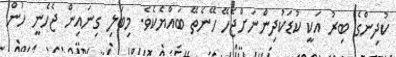
ކުދިންގެ ބިރު އަކީ ކުޑަކުދިންނަށްޖެހޭ ހޭނެތޭ ބައްޔެކެވެ. މިބަލި ގިނައިން ޖެހެނީ ހުން